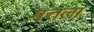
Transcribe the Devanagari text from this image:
मत्तला